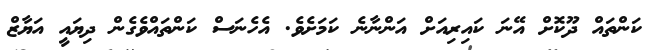
ކަންތައް ދޫކޮށް އޭނަ ކައިރިއަށް އަންނާނެ ކަމަށެވެ. އެހެނަސް ކަންތައްވެގެން ދިޔައީ އަޔާޒް